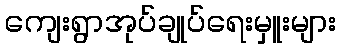
ကျေးရွာအုပ်ချုပ်ရေးမှူးများ